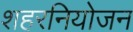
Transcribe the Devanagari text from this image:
शहरनियोजन